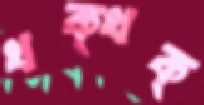
খক্‌খক্‌